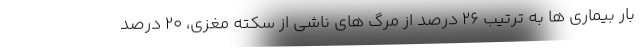
بار بیماری ها به ترتیب ۲۶ درصد از مرگ های ناشی از سکته مغزی، ۲۰ درصد